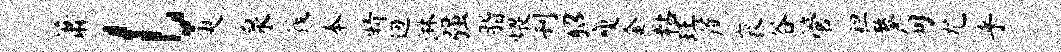
萧l臾泉筏本睛迥淋强脂煨刊貂瘦金粘珏蔗衮谷管袒鏊甸尤乎